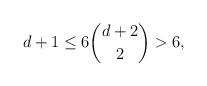
LaTeX: \begin{align*}d+1 \le 6 \binom{d+2}{2} > 6, \end{align*}